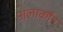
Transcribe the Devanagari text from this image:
अलार्कोंन